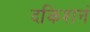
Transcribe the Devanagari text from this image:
दकिशनं